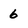
Character: 6